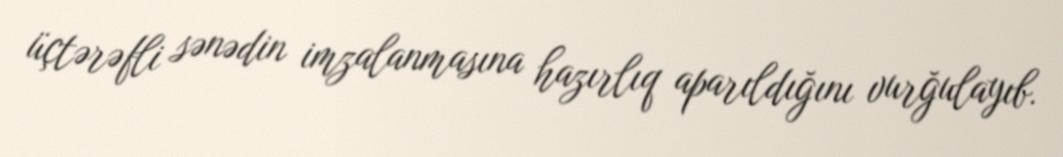
üçtərəfli sənədin imzalanmasına hazırlıq aparıldığını vurğulayıb.